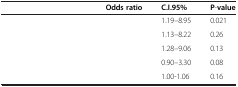
<table><thead><tr><td>[EMPTY_CELL]</td><td><b>Odds ratio</b></td><td><b>C.I.95%</b></td><td><b>P-value</b></td></tr></thead><tbody><tr><td>[EMPTY_CELL]</td><td>[EMPTY_CELL]</td><td>1.19–8.95</td><td>0.021</td></tr><tr><td>[EMPTY_CELL]</td><td>[EMPTY_CELL]</td><td>1.13–8.22</td><td>0.26</td></tr><tr><td>[EMPTY_CELL]</td><td>[EMPTY_CELL]</td><td>1.28–9.06</td><td>0.13</td></tr><tr><td>[EMPTY_CELL]</td><td>[EMPTY_CELL]</td><td>0.90–3.30</td><td>0.08</td></tr><tr><td>[EMPTY_CELL]</td><td>[EMPTY_CELL]</td><td>1.00-1.06</td><td>0.16</td></tr></tbody></table>